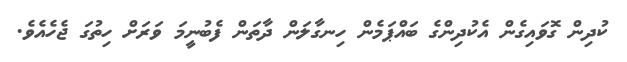
ކުދިން ގޮވައިގެން އެކުދިންގެ ބައްޕަމެން ހިނގާލަން ދާތަން ފެބުނީމަ ވަރަށް ހިތުގަ ޖެހެއެވެ.